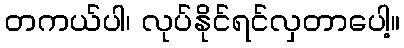
တကယ်ပါ၊ လုပ်နိုင်ရင်လှတာပေါ့။